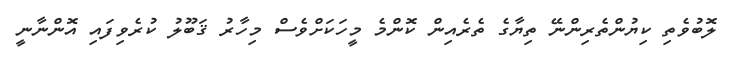
ލޮބުވެތި ކިޔުންތެރިންނޭ ތިޔާގެ ތެރެއިން ކޮންމެ މީހަކަށްވެސް މިހާރު ޤަބޫލު ކުރެވިފައި އޮންނާނީ